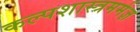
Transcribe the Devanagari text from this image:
कल्पशास्त्रमर्मज्ञ